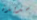
سديدة